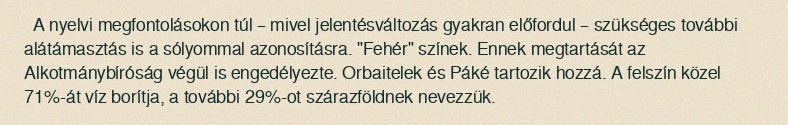
A nyelvi megfontolásokon túl – mivel jelentésváltozás gyakran előfordul – szükséges további alátámasztás is a sólyommal azonosításra. "Fehér" színek. Ennek megtartását az Alkotmánybíróság végül is engedélyezte. Orbaitelek és Páké tartozik hozzá. A felszín közel 71%-át víz borítja, a további 29%-ot szárazföldnek nevezzük.